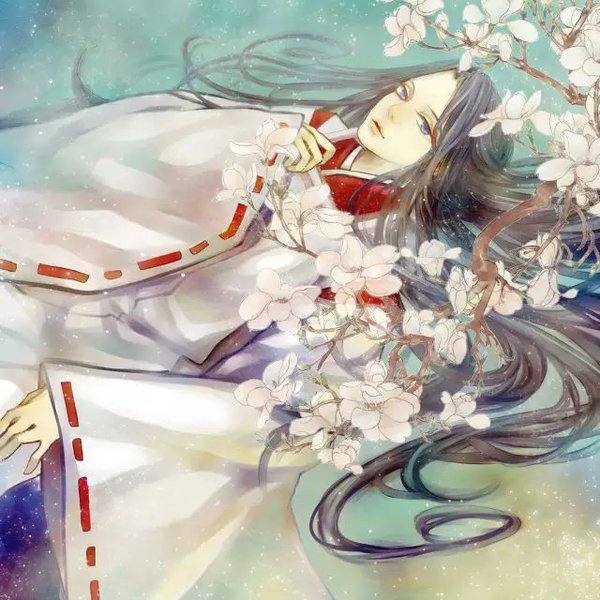
望断行云无觅处，梦回明月生南浦。